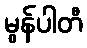
မွန်ပါတီ